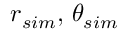
r _ { s i m } , \, \theta _ { s i m }